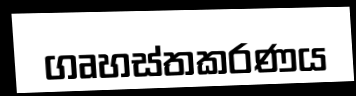
ගෘහස්තකරණය